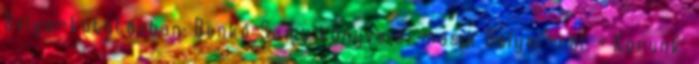
Bolyai-kutatásban: Benkő Samu könyve a „másik Bolyai”-ról. = Korunk.